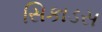
સિકાડસ